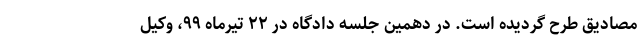
مصادیق طرح گردیده است. در دهمین جلسه دادگاه در ۲۲ تیرماه ۹۹، وکیل